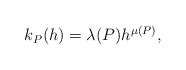
\begin{align*} \begin{aligned}k_P(h)=\lambda(P)h^{\mu(P)}, \end{aligned} \end{align*}